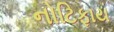
નોટિફાય